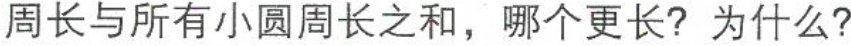
周长之和，哪个更长?为什么?